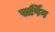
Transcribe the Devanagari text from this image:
सर्पिंग